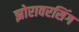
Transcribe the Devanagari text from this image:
झोरावरसिंग